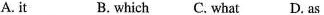
A. it B. which C. What D. As